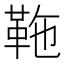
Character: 𩉻